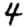
Digit: 4